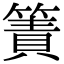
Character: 簀